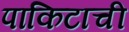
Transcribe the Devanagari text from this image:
पाकिटाची